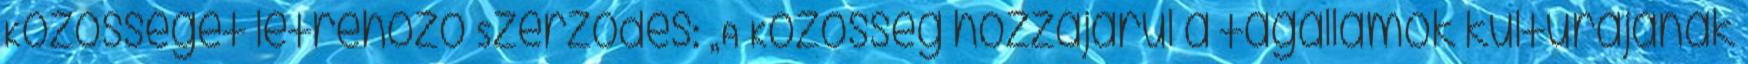
Közösséget létrehozó Szerződés: „A Közösség hozzájárul a tagállamok kultúrájának